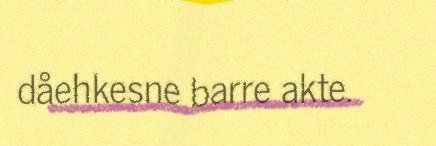
dåehkesne barre akte.